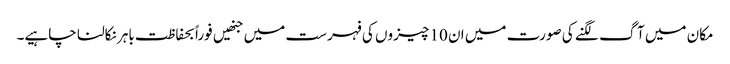
مکان میں آگ لگنے کی صورت میں ان 10 چیزوں کی فہرست میں جنھیں فوراً بحفاظت باہر نکالنا چاہیے۔